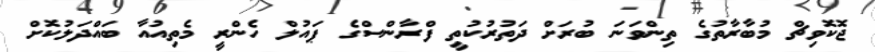
ޖޮކޮވިޗް މުބާރާތުގެ ތިންވަނަ ބުރަށް ދަތުރުކުތީ ފްރާންސްގެ ޕައުލް ހެންރީ މެތިއުއާ ބައްދަލުކޮށް